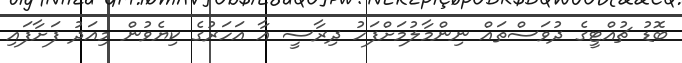
ބޮޑު ޗުއްޓީގެ ދުވަސްތައް ނިންމާލުމަށްފަހު ދިރާސީ އާ އަހަރުގެ ކިޔެވުން މިއަދު ފަށާފައި